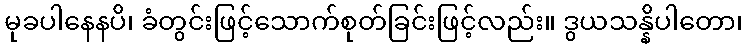
မုခပါနေနပိ၊ ခံတွင်းဖြင့်သောက်စုတ်ခြင်းဖြင့်လည်း။ ဒွယသန္နိပါတော၊